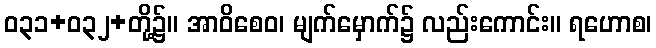
ဝ၃၁+၀၃၂+တို့၌။ အာဝိစေဝ၊ မျက်မှောက်၌ လည်းကောင်း။ ရဟောစ၊